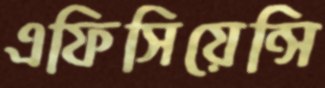
এফিসিয়েন্সি